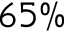
6 5 \%